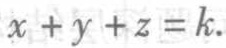
\(x + y + z = k.\)